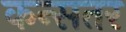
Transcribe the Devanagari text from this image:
कन्सतर